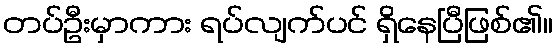
တပ်ဦးမှာကား ရပ်လျက်ပင် ရှိနေပြီဖြစ်၏။